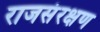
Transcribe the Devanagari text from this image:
राजसंरक्षण